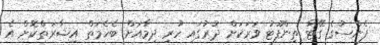
ފެންސުގެ ގޭޓާ ތިންފޫޓު ވަރަކަށް ދުރުގައި ހުރި ދިމާއަށް ބެހެމަތް އިޝާރަތްކޮށް އެ